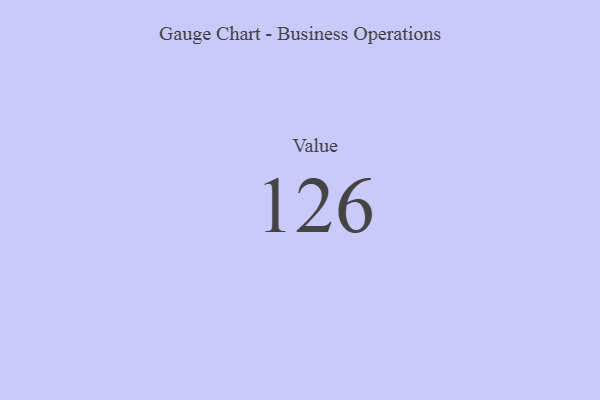
{"axis": {"x": "Metric", "y": "Value"}, "legend": [""], "data": [{"x": "Value", "y": 126, "type": ""}]}